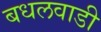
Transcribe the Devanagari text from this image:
बधलवाडी